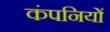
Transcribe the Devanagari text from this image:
कंपनियों